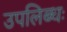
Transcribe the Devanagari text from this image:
उपलिब्धः